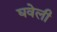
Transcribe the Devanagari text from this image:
घवेली